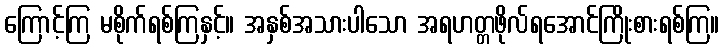
ကြောင့်ကြ မစိုက်ရစ်ကြနှင့်။ အနှစ်အသားပါသော အရဟတ္တဖိုလ်ရအောင်ကြိုးစားရစ်ကြ။